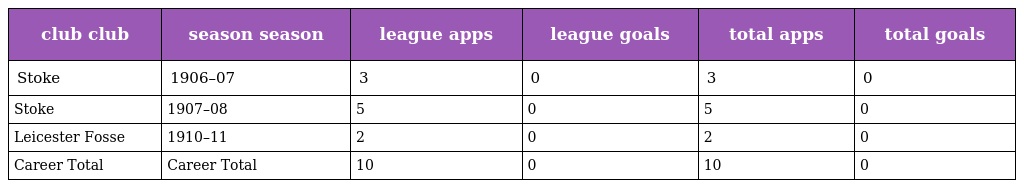
| club club | season season | league apps | league goals | total apps | total goals |
 | --- | --- | --- | --- | --- | --- |
 | Stoke | 1906–07 | 3 | 0 | 3 | 0 |
 | Stoke | 1907–08 | 5 | 0 | 5 | 0 |
 | Leicester Fosse | 1910–11 | 2 | 0 | 2 | 0 |
 | Career Total | Career Total | 10 | 0 | 10 | 0 |